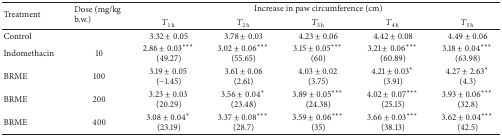
<table><thead><tr><td rowspan="2"><b>Treatment</b></td><td rowspan="2"><b>Dose (mg/kg b.w.)</b></td><td colspan="5"><b>Increase in paw circumference (cm)</b></td></tr><tr><td><b><i>T</i><sub>1 h</sub></b></td><td><b><i>T</i><sub>2 h</sub></b></td><td><b><i>T</i><sub>3 h</sub></b></td><td><b><i>T</i><sub>4 h</sub></b></td><td><b><i>T</i><sub>5 h</sub></b></td></tr></thead><tbody><tr><td>Control</td><td> </td><td>3.32 ± 0.05</td><td>3.78 ± 0.03</td><td>4.23 ± 0.06</td><td>4.42 ± 0.08</td><td>4.49 ± 0.06</td></tr><tr><td>Indomethacin</td><td>10</td><td>2.86 ± 0.03<sup>***</sup> (49.27)</td><td>3.02 ± 0.06<sup>***</sup> (55.65)</td><td>3.15 ± 0.05<sup>***</sup> (60)</td><td>3.21 ± 0.06<sup>***</sup> (60.89)</td><td>3.18 ± 0.04<sup>***</sup> (63.98)</td></tr><tr><td>BRME</td><td>100</td><td>3.19 ± 0.05 (−1.45)</td><td>3.61 ± 0.06(2.61)</td><td>4.03 ± 0.02 (3.75)</td><td>4.21 ± 0.03<sup>*</sup> (3.91)</td><td>4.27 ± 2.63<sup>*</sup> (4.3)</td></tr><tr><td>BRME</td><td>200</td><td>3.23 ± 0.03 (20.29)</td><td>3.56 ± 0.04<sup>*</sup> (23.48)</td><td>3.89 ± 0.05<sup>***</sup> (24.38)</td><td>4.02 ± 0.07<sup>***</sup> (25.15)</td><td>3.93 ± 0.06<sup>***</sup> (32.8)</td></tr><tr><td>BRME</td><td>400</td><td>3.08 ± 0.04<sup>*</sup> (23.19)</td><td>3.37 ± 0.08<sup>***</sup> (28.7)</td><td>3.59 ± 0.06<sup>***</sup> (35)</td><td>3.66 ± 0.03<sup>***</sup> (38.13)</td><td>3.62 ± 0.04<sup>***</sup> (42.5)</td></tr></tbody></table>